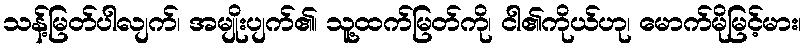
သန့်မြတ်ပါလျက်၊ အမျိုးပျက်၏၊ သူ့ထက်မြတ်ကို၊ ငါ၏ကိုယ်ဟု၊ မောက်မိုမြင့်မား၊